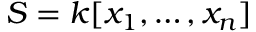
S = k [ x _ { 1 } , \dots , x _ { n } ]